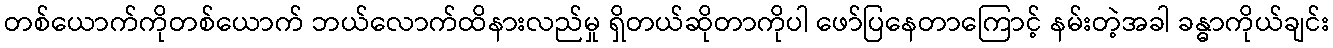
တစ်ယောက်ကိုတစ်ယောက် ဘယ်လောက်ထိနားလည်မှု ရှိတယ်ဆိုတာကိုပါ ဖော်ပြနေတာကြောင့် နမ်းတဲ့အခါ ခန္ဓာကိုယ်ချင်း